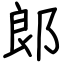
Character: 郞